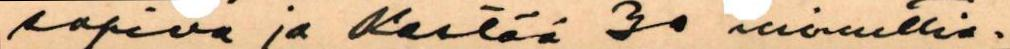
sopiva ja kestää 30 minuttia.